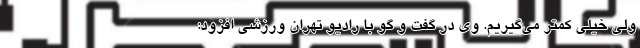
ولی خیلی کمتر می‌گیریم. وی در گفت و گو با رادیو تهران ورزشی افزود: